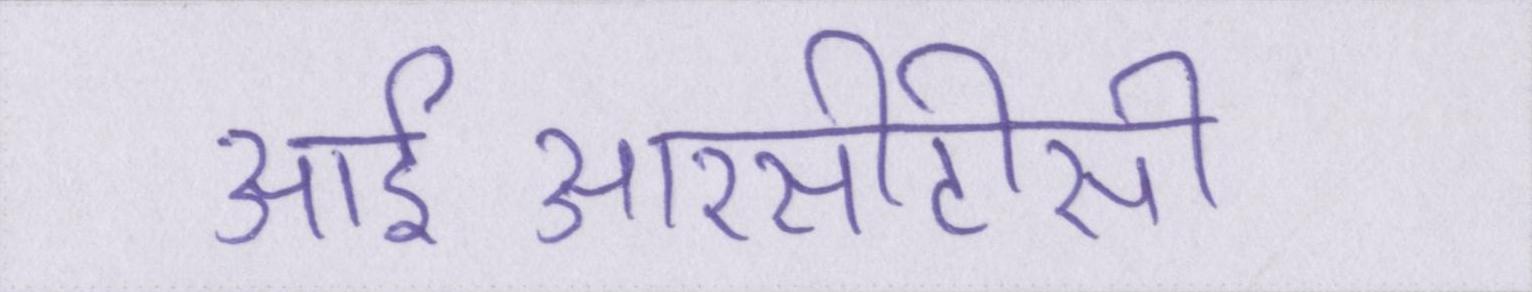
आईआरसीटीसी